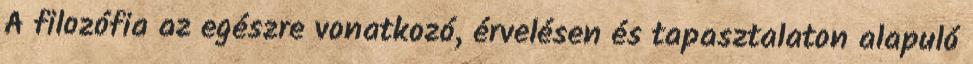
A filozófia az egészre vonatkozó, érvelésen és tapasztalaton alapuló